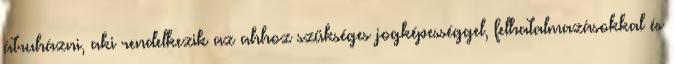
átruházni, aki rendelkezik az ahhoz szükséges jogképességgel, felhatalmazásokkal és